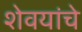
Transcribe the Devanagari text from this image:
शेवयांचे